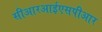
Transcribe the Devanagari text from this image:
सीआरआईएसपीआर